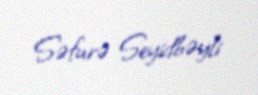
Səfurə Seyidbəyli